Civil Veterinary Dept. Bombay admin report 1932-41 - 1932-1941
Year: 1932
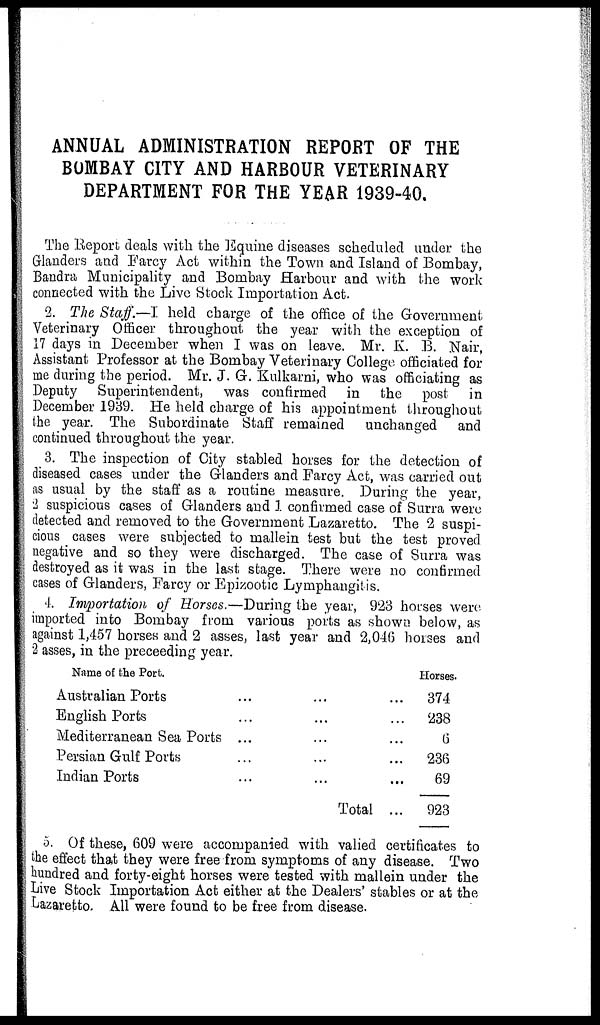
ANNUAL ADMINISTRATION REPORT OF THE
BOMBAY CITY AND HARBOUR VETERINARY
DEPARTMENT FOR THE YEAR 1939-40.
The Report deals with the Equine diseases scheduled under the
Glanders and Farcy Act within the Town and Island of Bombay,
Bandra Municipality and Bombay Harbour and with the work
connected with the Live Stock Importation Act.
2. The Staff.—I held charge of the office of the Government
Veterinary Officer throughout the year with the exception of
17 days in December when I was on leave. Mr. K. B. Nair,
Assistant Professor at the Bombay Veterinary College officiated for
me during the period. Mr. J. G. Kulkarni, who was officiating as
Deputy Superintendent, was confirmed in the post in
December 1939. He held charge of his appointment throughout
the year. The Subordinate Staff remained unchanged and
continued throughout the year.
3. The inspection of City stabled horses for the detection of
diseased cases under the Glanders and Farcy Act, was carried out
as usual by the staff as a routine measure. During the year,
2 suspicious cases of Glanders and 1 confirmed case of Surra were
detected and removed to the Government Lazaretto. The 2 suspi-
cious cases were subjected to mallein test but the test proved
negative and so they were discharged. The case of Surra was
destroyed as it was in the last stage. There were no confirmed
cases of Glanders, Farcy or Epizootic Lymphangitis.
4. Importation of Horses.—During the year, 923 horses were
imported into Bombay from various ports as shown below, as
against 1,457 horses and 2 asses, last year and 2,046 horses and
2 asses, in the proceeding year.
Name of the Port.
Australian Ports
...
...
...
English Ports ... ... ...
Mediterranean Sea Ports... ... ...
Persian Gulf Ports
...
...
...
Indian Ports...
...
...
Total ...
Horses.
374
238
6
236
69
923
5. Of these, 609 were accompanied with valied certificates to
the effect that they were free from symptoms of any disease. Two
hundred and forty-eight horses were tested with mallein under the
Live Stock Importation Act either at the Dealers' stables or at the
Lazaretto. All were found to be free from disease.